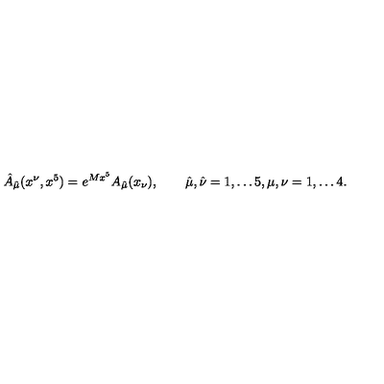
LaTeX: \hat { A } _ { \hat { \mu } } ( x ^ { \nu } , x ^ { 5 } ) = e ^ { M x ^ { 5 } } A _ { \hat { \mu } } ( x _ { \nu } ) , \qquad \hat { \mu } , \hat { \nu } = 1 , \dots 5 , \mu , \nu = 1 , \dots 4 .